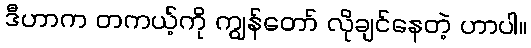
ဒီဟာက တကယ့်ကို ကျွန်တော် လိုချင်နေတဲ့ ဟာပါ။